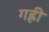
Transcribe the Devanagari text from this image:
गह्री